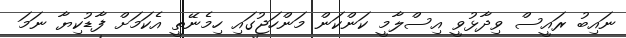
ނައިބު ރައީސް ވިދާޅުވީ އިސްލާމީ ކަންކަން މަންހަޖުގައި ހިމެނޭތީ އެކަމަށް ފާޑުކިޔާ ނަމަ